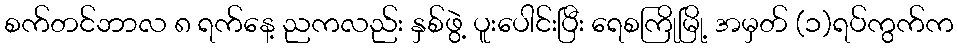
စက်တင်ဘာလ ၈ ရက်နေ့ ညကလည်း နှစ်ဖွဲ့ ပူးပေါင်းပြီး ရေစကြိုမြို့ အမှတ် (၁)ရပ်ကွက်က